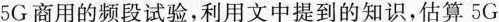
5G商用的频段试验，利用文中提到的知识，估算5G